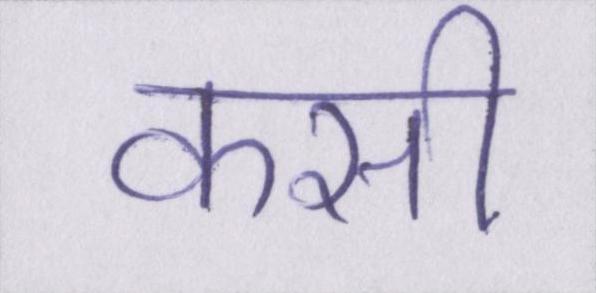
कसी